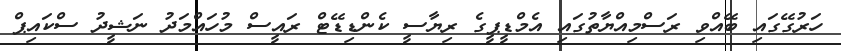
ހަރުގޭގައި ބޭއްވި ރަސްމިއްޔާތުގައި އެމްޑީޕީގެ ރިޔާސީ ކެންޑިޑޭޓް ރައީސް މުހައްމަދު ނަޝީދު ސްކައިޕް